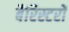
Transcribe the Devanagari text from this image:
बैरिस्टरों